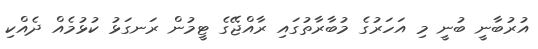
އުރުބާނީ ބުނީ މި އަހަރުގެ މުބާރާތުގައި ރާއްޖޭގެ ޓީމުން ރަނގަޅު ކުޅުމެއް ދެއްކި